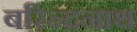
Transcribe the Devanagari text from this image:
बरिन्द्रनाथ